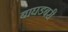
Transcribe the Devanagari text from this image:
बाघडबरी